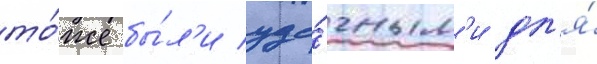
то́же бы́л'и уда́чным'и дл'я́